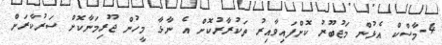
4-މާސްކް އެޅުން މަޖުބޫރު ކޮށްފައިވާއިރު ތަކުރާރުކޮށް އެ ނާޅާ މީހުން ޖޫރިމަނާކޮށް ސަރުކާރަށް